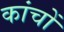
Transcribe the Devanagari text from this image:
कांचों